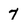
Character: 7